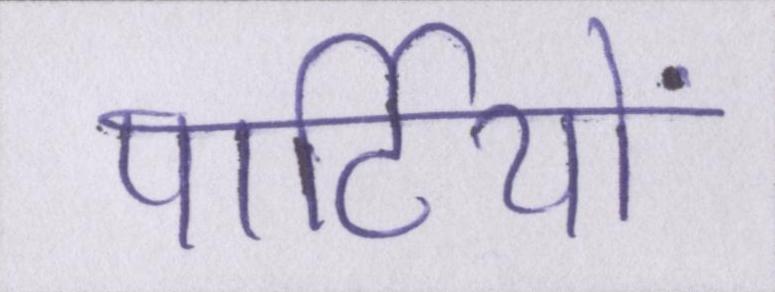
पार्टियों